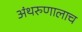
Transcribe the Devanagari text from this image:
अंथरुणालाच